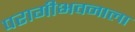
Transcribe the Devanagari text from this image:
परागीभवनाला